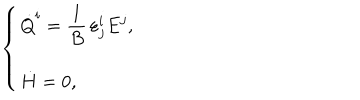
\begin{array} { c c c } { { \left\{ \begin{array} { l } { { \displaystyle \dot { Q } ^ { i } = \frac { 1 } { B } \, \varepsilon _ { j } ^ { i } E ^ { j } , } } \\ { { \dot { H } = 0 , } } \\ \end{array} \right. } } \\ \end{array}